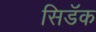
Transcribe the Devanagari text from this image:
सिडॅक